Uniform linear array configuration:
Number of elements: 4
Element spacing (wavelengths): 0.75
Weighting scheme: binomial
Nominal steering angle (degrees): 0
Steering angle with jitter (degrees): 0.7966
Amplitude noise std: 0.05
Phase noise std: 0.05

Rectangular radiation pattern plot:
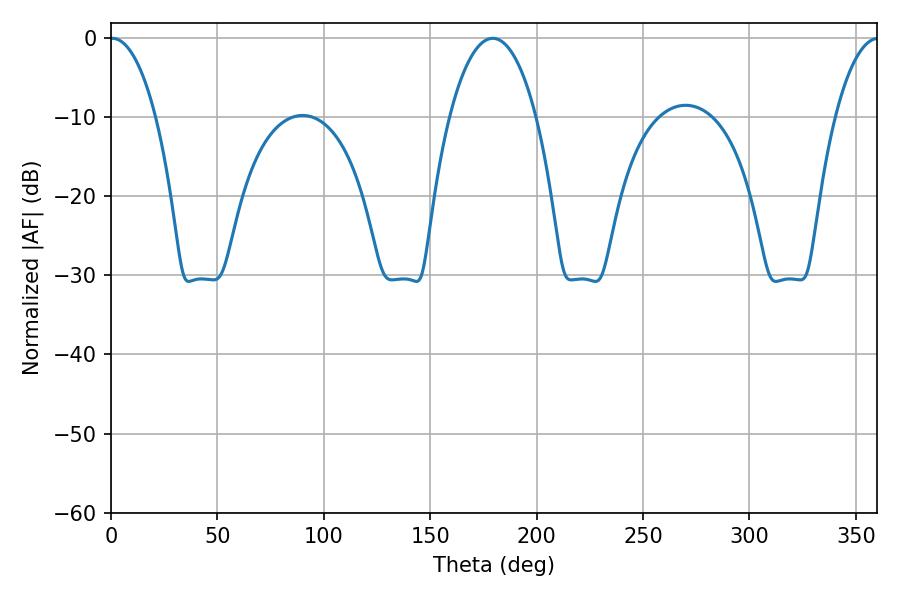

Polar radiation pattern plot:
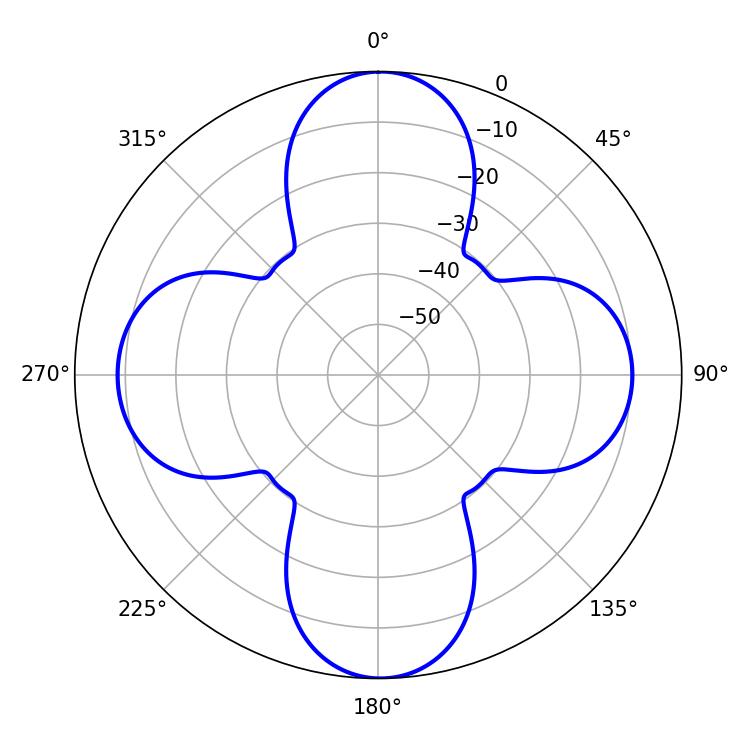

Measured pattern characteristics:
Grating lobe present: TRUE
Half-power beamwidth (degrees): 12.06
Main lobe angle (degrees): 0.54